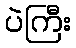
ပဲကြီး